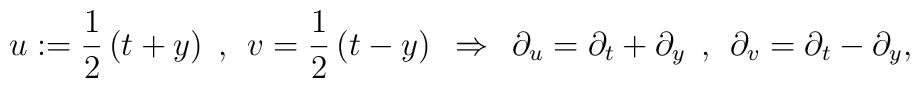
u:=\frac{1}{2}\,(t+y)\:\:,\:\:v=\frac{1}{2}\,(t-y)\:\:\Rightarrow\:\:\partial_u=\partial_t+\partial_y\:\:,\:\:\partial_v=\partial_t-\partial_y,